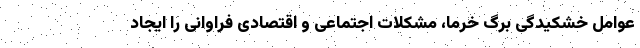
عوامل خشکیدگی برگ خرما، مشکلات اجتماعی و اقتصادی فراوانی را ایجاد